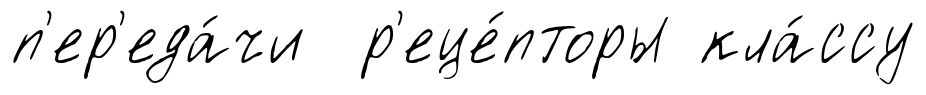
п'ер'еда́чи р'еце́пторы кла́ссу